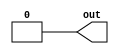
module LargeParam #(parameter DATA=0, WIDTH=1) (
  output [WIDTH-1:0] out
);
  assign out = DATA;
endmodule